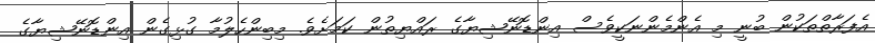
އެފަރާތްތަކުން ބުނީ މި އެންމެންނަކީވެސް އިންޑޮނޭޝިޔާގެ ރައްޔިތުން ކަަމަށެވެ. މިބިންހެލުމާ ގުޅިގެން އިންޑޮނޭޝިޔާގެ